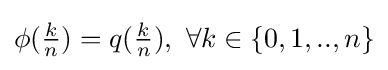
\phi ({\tfrac {k}{n}})=q({\tfrac {k}{n}}),\ \forall k\in \{0,1,..,n\}